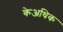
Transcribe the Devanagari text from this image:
केअधिक